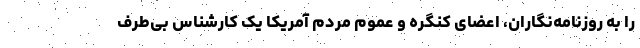
را به روزنامه‌نگاران، اعضای کنگره و عموم مردم آمریکا یک کارشناس بی‌طرف